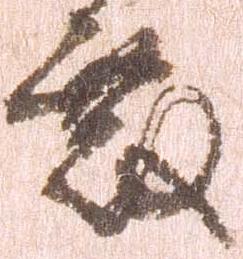
殿